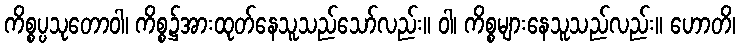
ကိစ္စပ္ပသုတောဝါ၊ ကိစ္စ၌အားထုတ်နေသူသည်သော်လည်း။ ဝါ၊ ကိစ္စများနေသူသည်လည်း။ ဟောတိ၊